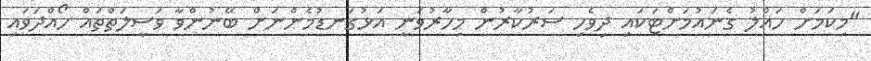
"މިކަމަށް ހައްލު ގެނައުމަށްޓަކައި ދިވެހި ސަރުކާރުން މިހާރުވަނީ އަޅުގަނޑުމެންނަށް ބޭނުންވާ ވަސީލަތްތައް ހޯއްދަވައި